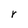
Character: r